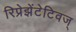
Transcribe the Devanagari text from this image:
रिप्रेझेंटेटिवज्